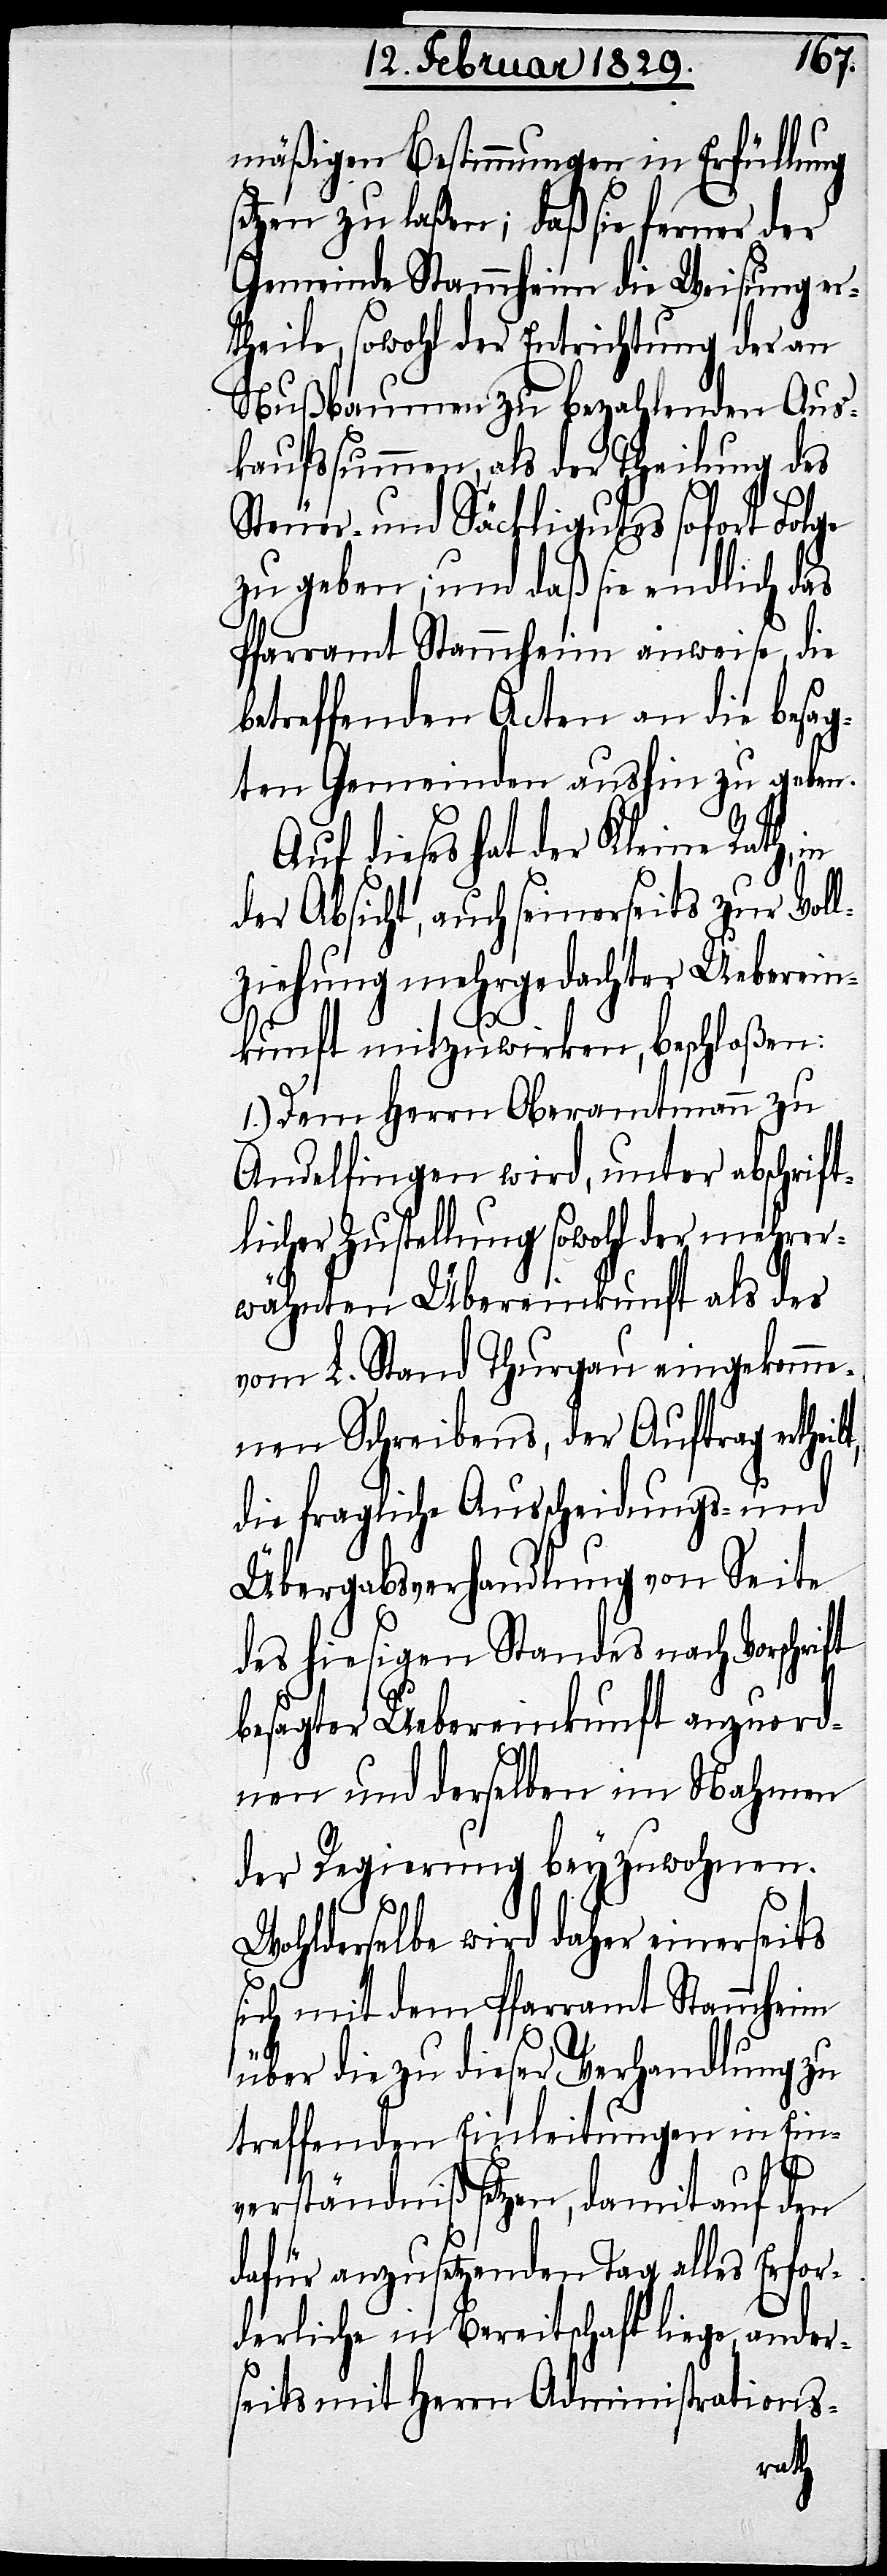
mäßigen Bestimmungen in Erfüllung
setzen zu laßen; daß sie ferner der
Gemeinde Stammheim die Weisung er¬
theile, sowohl der Entrichtung der an
Nußbaumen zu bezahlenden Aus¬
kaufssummen, als der Theilung des
Steuer- und Säckligutes sofort Folge
zu geben; und daß sie endlich das
Pfarramt Stammheim anweise, die
betreffenden Acten an die besag¬
ten Gemeinden aushin zu geben.
Auf dieses hat der Kleine Rath,
der Absicht, auch seinerseits zur Voll¬
ziehung mehrgedachter Ueberein¬
kunft mitzuwirken, beschloßen:
1.) Dem Herrn Oberamtmann zu
Andelfingen wird, unter abschrift¬
licher Zustellung sowohl der mehrer¬
wähnten Übereinkunft als der
vom L. Stand Thurgau eingekomme¬
nen Schreibens, der Auftrag erthei¬
die fragliche Ausscheidungs- und
Übergabsverhandlung von Seite
des hiesigen Standes nach Vorschri¬
besagter Uebereinkunft anzuord¬
nen und derselben im Nahmen
der Regierung beyzuwohnen.
Wohlderselbe wird daher einerseits
sich mit dem Pfarramt Stammheim
über die zu dieser Verhandlung zu
treffenden Einleitungen in Ein¬
ft
verständniß setzen, damit auf den
dafür anzusetzenden Tag alles Erfor¬
derliche in Bereitschaft liege, ander¬
seits mit Herrn Administrations-